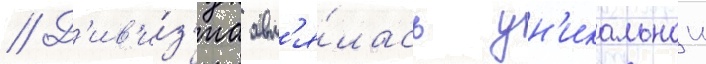
// Д'ив'и́з'иа явл'я́лась ун'икальнои